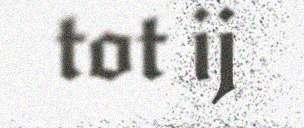
tot ij